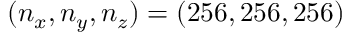
( n _ { x } , n _ { y } , n _ { z } ) = ( 2 5 6 , 2 5 6 , 2 5 6 )